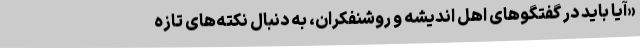
«آیا باید در گفتگوهای اهل اندیشه و روشنفکران، به دنبال نکته‌های تازه